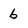
Character: b